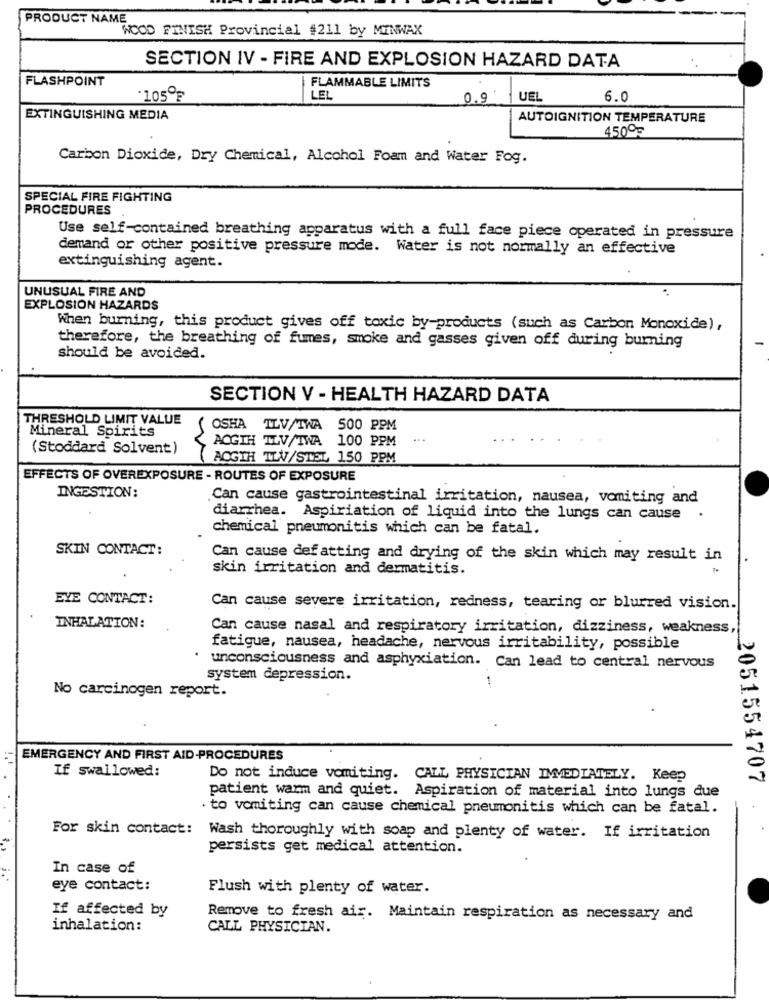
PRODUCT NAME
WOOD FINISH Provincial #211 by MINWAX
SECTION IV - FIRE AND EXPLOSION HAZARD DATA
FLASHPOINT
FLAMMABLE LIMITS
.105ºF
LEL
0.9
UEL
6.0
EXTINGUISHING MEDIA
AUTOIGNITION TEMPERATURE
450º5
Carbon Dioxide, Dry Chemical, Alcohol Foam and Water Fog.
SPECIAL FIRE FIGHTING
PROCEDURES
Use self-contained breathing apparatus with a full face piece operated in pressure
demand or other positive pressure mode. Water is not normally an effective
extinguishing agent.
UNUSUAL FIRE AND
EXPLOSION HAZARDS
When burning, this product gives off toxic by-products (such as Carbon Monoxide),
therefore, the breathing of fumes, smoke and gasses given off during burning
should be avoided.
SECTION V - HEALTH HAZARD DATA
THRESHOLD LIMIT VALUE
Mineral Spirits
( OSHA TLV/TWA 500 PPM
(Stoddard Solvent)
ACGIH TLV/TWA 100 PPM
AOGTH TLV/STEL 150 PPM
EFFECTS OF OVEREXPOSURE - ROUTES OF EXPOSURE
INGESTION:
Can cause gastrointestinal irritation, nausea, vomiting and
diarrhea. Aspiriation of liquid into the lungs can cause .
chemical pneumonitis which can be fatal.
SKIN CONTACT:
Can cause def atting and drying of the skin which may result in
skin irritation and dermatitis.
EYE CONTACT:
Can cause severe irritation, redness, tearing or blurred vision.
INHALATION:
Can cause nasal and respiratory irritation, dizziness, weakness,
fatigue, nausea, headache, nervous irritability, possible
unconsciousness and asphyxiation. Can lead to central nervous
system depression.
No carcinogen report.
EMERGENCY AND FIRST AID-PROCEDURES
If swallowed:
Do not induce vomiting. CALL PHYSICIAN IMMEDIATELY. Keep
2051554707
patient warm and quiet. Aspiration of material into lungs due
. to vomiting can cause chemical pneumonitis which can be fatal.
For skin contact: Wash thoroughly with soap and plenty of water. If irritation
persists get medical attention.
In case of
eye contact:
Flush with plenty of water.
If affected by
Remove to fresh air. Maintain respiration as necessary and
inhalation:
CALL PHYSICIAN.